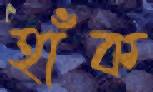
হাঁক